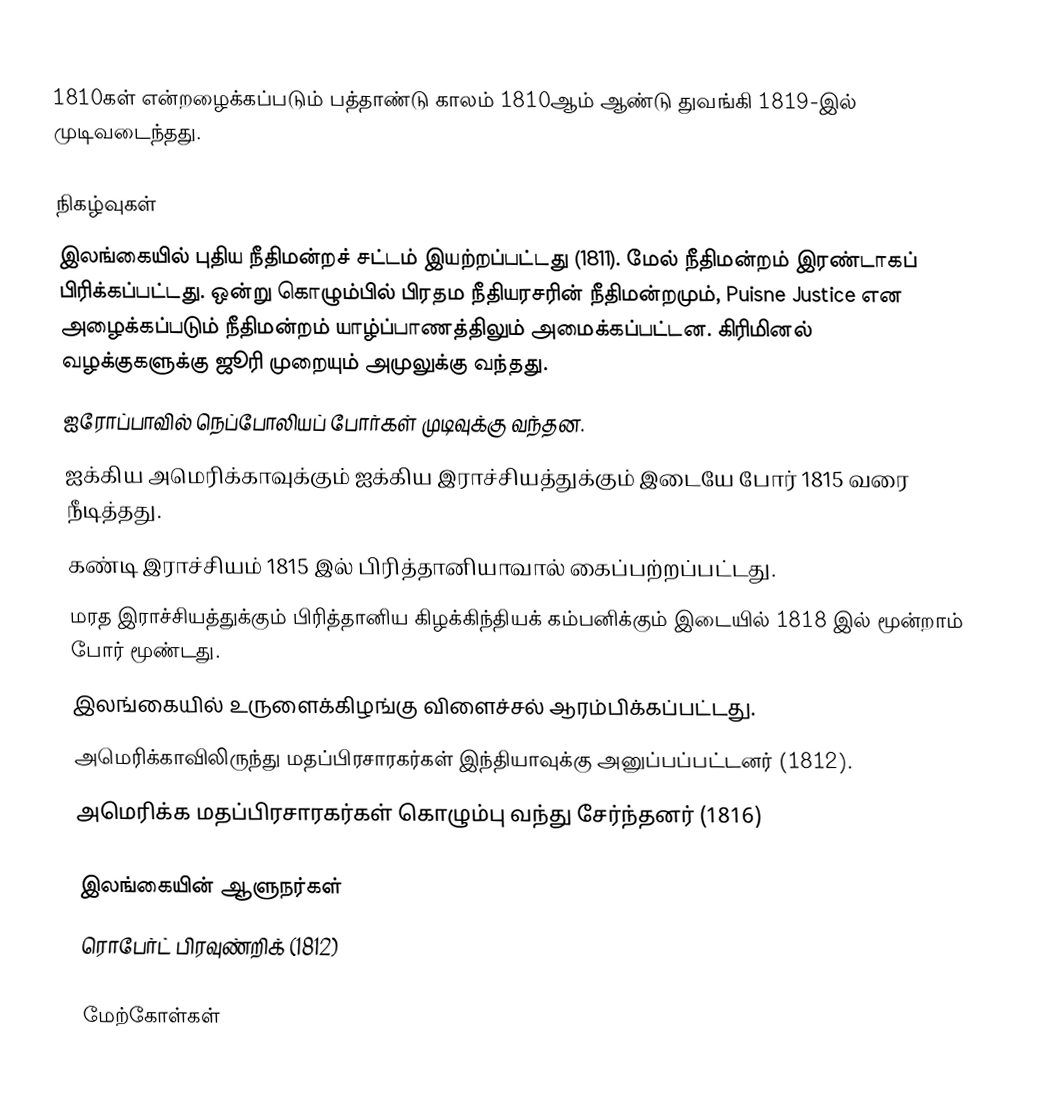
1810கள் என்றழைக்கப்படும் பத்தாண்டு காலம் 1810ஆம் ஆண்டு துவங்கி 1819-இல் முடிவடைந்தது.

நிகழ்வுகள்
 இலங்கையில் புதிய நீதிமன்றச் சட்டம் இயற்றப்பட்டது (1811). மேல் நீதிமன்றம் இரண்டாகப் பிரிக்கப்பட்டது. ஒன்று கொழும்பில் பிரதம நீதியரசரின் நீதிமன்றமும், Puisne Justice என அழைக்கப்படும் நீதிமன்றம் யாழ்ப்பாணத்திலும் அமைக்கப்பட்டன. கிரிமினல் வழக்குகளுக்கு ஜூரி முறையும் அமுலுக்கு வந்தது.
 ஐரோப்பாவில் நெப்போலியப் போர்கள் முடிவுக்கு வந்தன.
 ஐக்கிய அமெரிக்காவுக்கும் ஐக்கிய இராச்சியத்துக்கும் இடையே போர் 1815 வரை நீடித்தது.
 கண்டி இராச்சியம் 1815 இல் பிரித்தானியாவால் கைப்பற்றப்பட்டது.
 மரத இராச்சியத்துக்கும் பிரித்தானிய கிழக்கிந்தியக் கம்பனிக்கும் இடையில் 1818 இல் மூன்றாம் போர் மூண்டது.
 இலங்கையில் உருளைக்கிழங்கு விளைச்சல் ஆரம்பிக்கப்பட்டது.
 அமெரிக்காவிலிருந்து மதப்பிரசாரகர்கள் இந்தியாவுக்கு அனுப்பப்பட்டனர் (1812).
 அமெரிக்க மதப்பிரசாரகர்கள் கொழும்பு வந்து சேர்ந்தனர் (1816)

இலங்கையின் ஆளுநர்கள்
 ரொபேர்ட் பிரவுண்றிக் (1812)

மேற்கோள்கள்